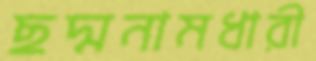
ছদ্মনামধারী